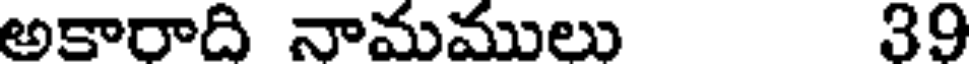
అకారాది నామములు 39